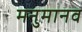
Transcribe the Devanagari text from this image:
मनुमानव